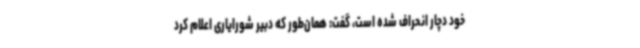
خود دچار انحراف شده است، گفت: همان‌طور که دبیر شورایاری اعلام کرد